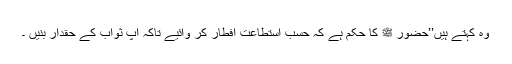
وہ کہتے ہیں’’حضور ﷺ کا حکم ہے کہ حسب استطاعت افطار کر وائیے تاکہ آپ ثواب کے حقدار بنیں ۔